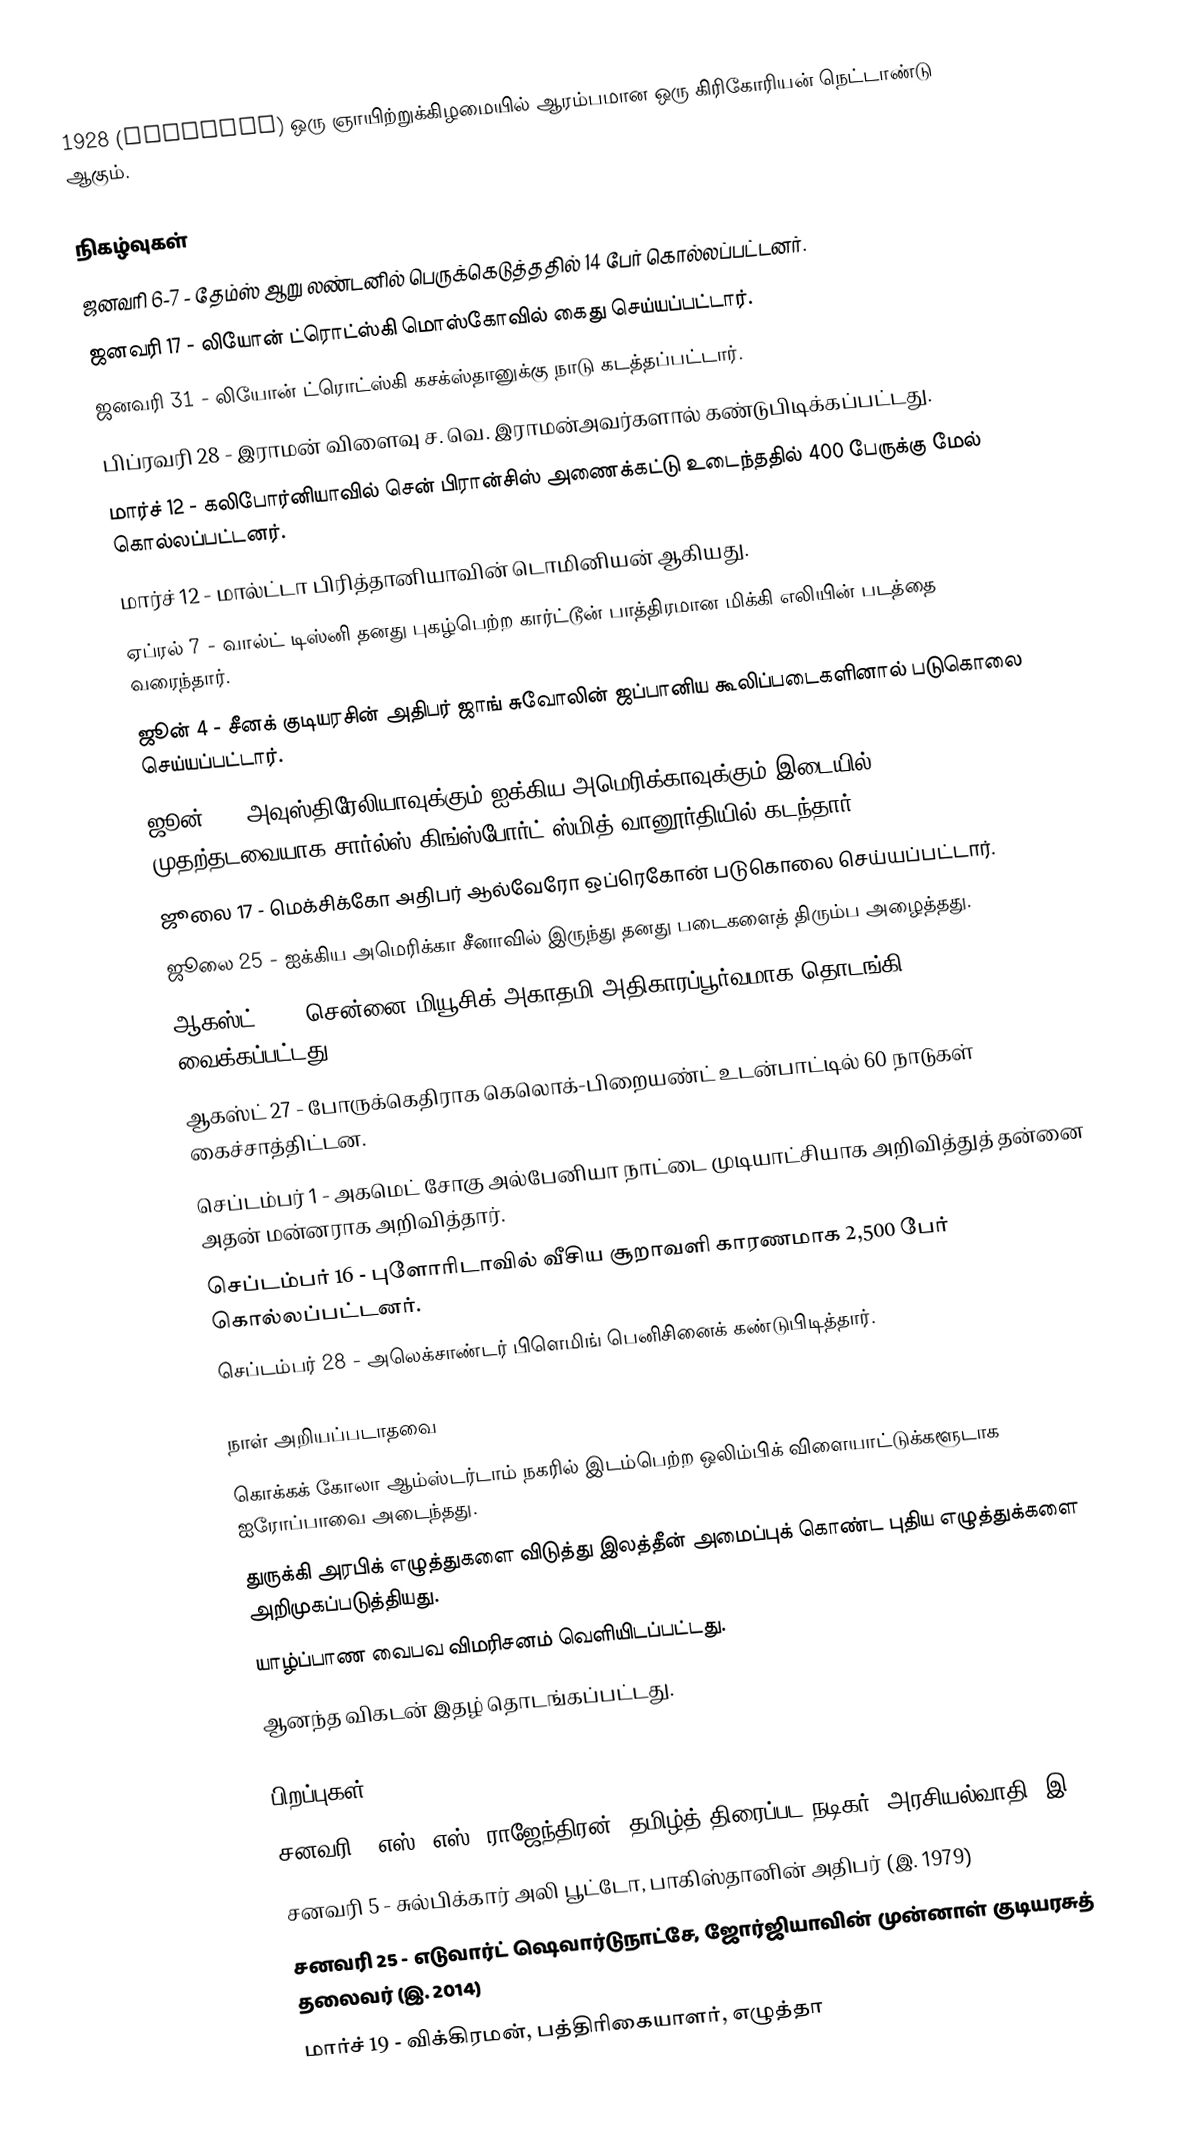
1928  (MCMXXIII) ஒரு ஞாயிற்றுக்கிழமையில் ஆரம்பமான ஒரு கிரிகோரியன் நெட்டாண்டு ஆகும்.

நிகழ்வுகள்
 ஜனவரி 6-7 - தேம்ஸ் ஆறு லண்டனில் பெருக்கெடுத்ததில் 14 பேர் கொல்லப்பட்டனர்.
 ஜனவரி 17 - லியோன் ட்ரொட்ஸ்கி மொஸ்கோவில் கைது செய்யப்பட்டார்.
 ஜனவரி 31 - லியோன் ட்ரொட்ஸ்கி கசக்ஸ்தானுக்கு நாடு கடத்தப்பட்டார்.
 பிப்ரவரி 28 - இராமன் விளைவு ச. வெ. இராமன்அவர்களால் கண்டுபிடிக்கப்பட்டது.
 மார்ச் 12 - கலிபோர்னியாவில் சென் பிரான்சிஸ் அணைக்கட்டு உடைந்ததில் 400 பேருக்கு மேல் கொல்லப்பட்டனர்.
 மார்ச் 12 - மால்ட்டா பிரித்தானியாவின் டொமினியன் ஆகியது.
 ஏப்ரல் 7 - வால்ட் டிஸ்னி தனது புகழ்பெற்ற கார்ட்டூன் பாத்திரமான மிக்கி எலியின் படத்தை வரைந்தார்.
 ஜூன் 4 - சீனக் குடியரசின் அதிபர் ஜாங் சுவோலின் ஜப்பானிய கூலிப்படைகளினால் படுகொலை செய்யப்பட்டார்.
 ஜூன் 9 - அவுஸ்திரேலியாவுக்கும் ஐக்கிய அமெரிக்காவுக்கும் இடையில் முதற்தடவையாக சார்ல்ஸ் கிங்ஸ்போர்ட் ஸ்மித் வானூர்தியில் கடந்தார்.
 ஜூலை 17 - மெக்சிக்கோ அதிபர் ஆல்வேரோ ஒப்ரெகோன் படுகொலை செய்யப்பட்டார்.
 ஜூலை 25 - ஐக்கிய அமெரிக்கா சீனாவில் இருந்து தனது படைகளைத் திரும்ப அழைத்தது.
 ஆகஸ்ட் 18 - சென்னை மியூசிக் அகாதமி அதிகாரப்பூர்வமாக தொடங்கி வைக்கப்பட்டது.
 ஆகஸ்ட் 27 - போருக்கெதிராக கெலொக்-பிறையண்ட் உடன்பாட்டில் 60 நாடுகள் கைச்சாத்திட்டன.
 செப்டம்பர் 1 - அகமெட் சோகு அல்பேனியா நாட்டை முடியாட்சியாக அறிவித்துத் தன்னை அதன் மன்னராக அறிவித்தார்.
 செப்டம்பர் 16 - புளோரிடாவில் வீசிய சூறாவளி காரணமாக 2,500 பேர் கொல்லப்பட்டனர்.
 செப்டம்பர் 28 - அலெக்சாண்டர் பிளெமிங் பெனிசினைக் கண்டுபிடித்தார்.

நாள் அறியப்படாதவை
 கொக்கக் கோலா ஆம்ஸ்டர்டாம் நகரில் இடம்பெற்ற ஒலிம்பிக் விளையாட்டுக்களூடாக ஐரோப்பாவை அடைந்தது.
 துருக்கி அரபிக் எழுத்துகளை விடுத்து இலத்தீன் அமைப்புக் கொண்ட புதிய எழுத்துக்களை அறிமுகப்படுத்தியது.
 யாழ்ப்பாண வைபவ விமரிசனம் வெளியிடப்பட்டது.
 ஆனந்த விகடன் இதழ் தொடங்கப்பட்டது.

பிறப்புகள்
 சனவரி - எஸ். எஸ். ராஜேந்திரன், தமிழ்த் திரைப்பட நடிகர், அரசியல்வாதி (இ. 2014)
 சனவரி 5 - சுல்பிக்கார் அலி பூட்டோ, பாகிஸ்தானின் அதிபர் (இ. 1979)
 சனவரி 25 - எடுவார்ட் ஷெவார்டுநாட்சே, ஜோர்ஜியாவின் முன்னாள் குடியரசுத் தலைவர் (இ. 2014)
 மார்ச் 19 - விக்கிரமன், பத்திரிகையாளர், எழுத்தா